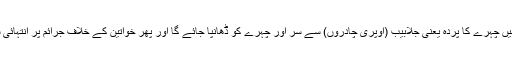
ان ہنگامی اقدامات میں چہرے کا پردہ یعنی جلابیب (اوپری چادروں) سے سر اور چہرے کو ڈھانپا جائے گا اور پھر خواتین کے خلاف جرائم پر انتہائی سزاؤں کا نفاذ ہو گا۔